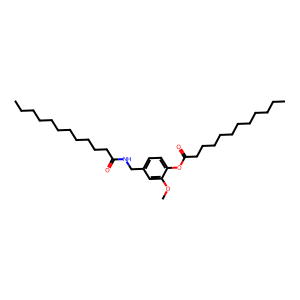
SMILES: CCCCCCCCCCCC(=O)NCc1ccc(OC(=O)CCCCCCCCCCC)c(OC)c1
Inhibits HIV replication: No